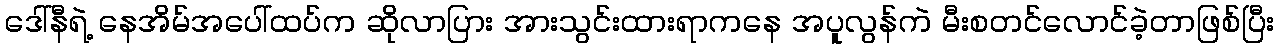
ဒေါ်နီရဲ့ နေအိမ်အပေါ်ထပ်က ဆိုလာပြား အားသွင်းထားရာကနေ အပူလွန်ကဲ မီးစတင်လောင်ခဲ့တာဖြစ်ပြီး